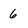
Character: 6